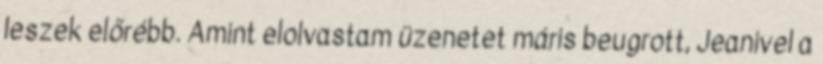
leszek előrébb. Amint elolvastam üzenetet máris beugrott, Jeanivel a